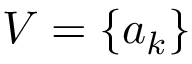
V = \{ a _ { k } \}